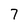
Character: 7